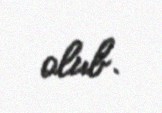
olub.